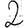
Digit: 2